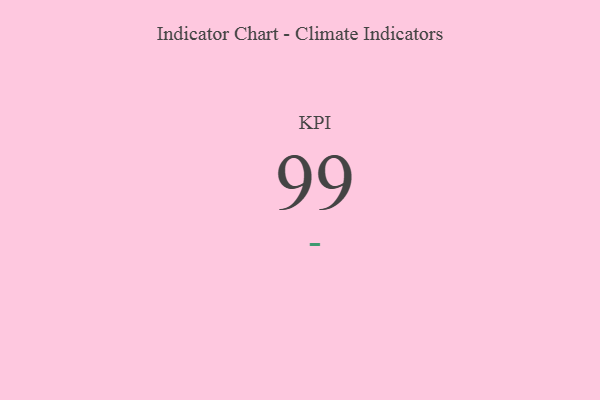
{"axis": {"x": "KPI", "y": "Value"}, "legend": [""], "data": [{"x": "KPI", "y": 99, "type": ""}]}